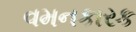
વમનકારક